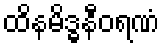
ထိနမိဒ္ဓနီဝရဏံ